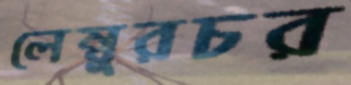
লেম্বুরচর